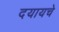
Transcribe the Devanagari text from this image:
दयायचे